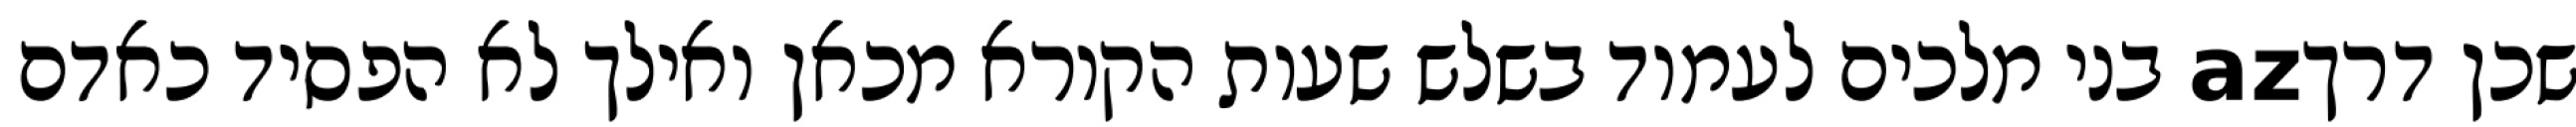
שכן דרךaz בני מלכים לעמוד בשלש שעות הקורא מכאן ואילך לא הפסיד כאדם